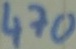
Text: 470